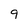
Character: 9